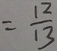
= \frac { 1 2 } { 1 3 }